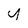
Character: u